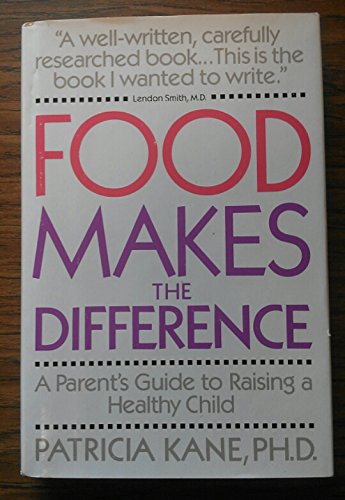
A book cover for Food Makes the Difference; Health, Fitness & Dieting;